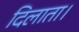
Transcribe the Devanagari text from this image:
दिलाता।